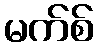
မက်စ်